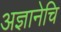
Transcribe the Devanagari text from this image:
अज्ञानेचि